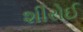
શીરોઈ